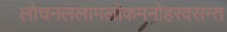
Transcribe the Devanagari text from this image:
लोचनललामलोकमनोहरवसन्त